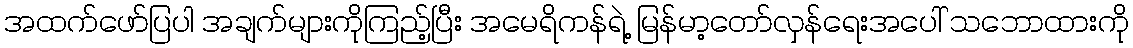
အထက်ဖော်ပြပါ အချက်များကိုကြည့်ပြီး အမေရိကန်ရဲ့ မြန်မာ့တော်လှန်ရေးအပေါ် သဘောထားကို